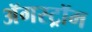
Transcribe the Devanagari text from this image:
ॲगस्ट्रॉम